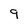
Character: 9